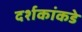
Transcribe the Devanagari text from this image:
दर्शकांकडे